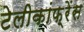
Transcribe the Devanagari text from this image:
टेलीकांफ़्रेंस